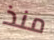
منذ